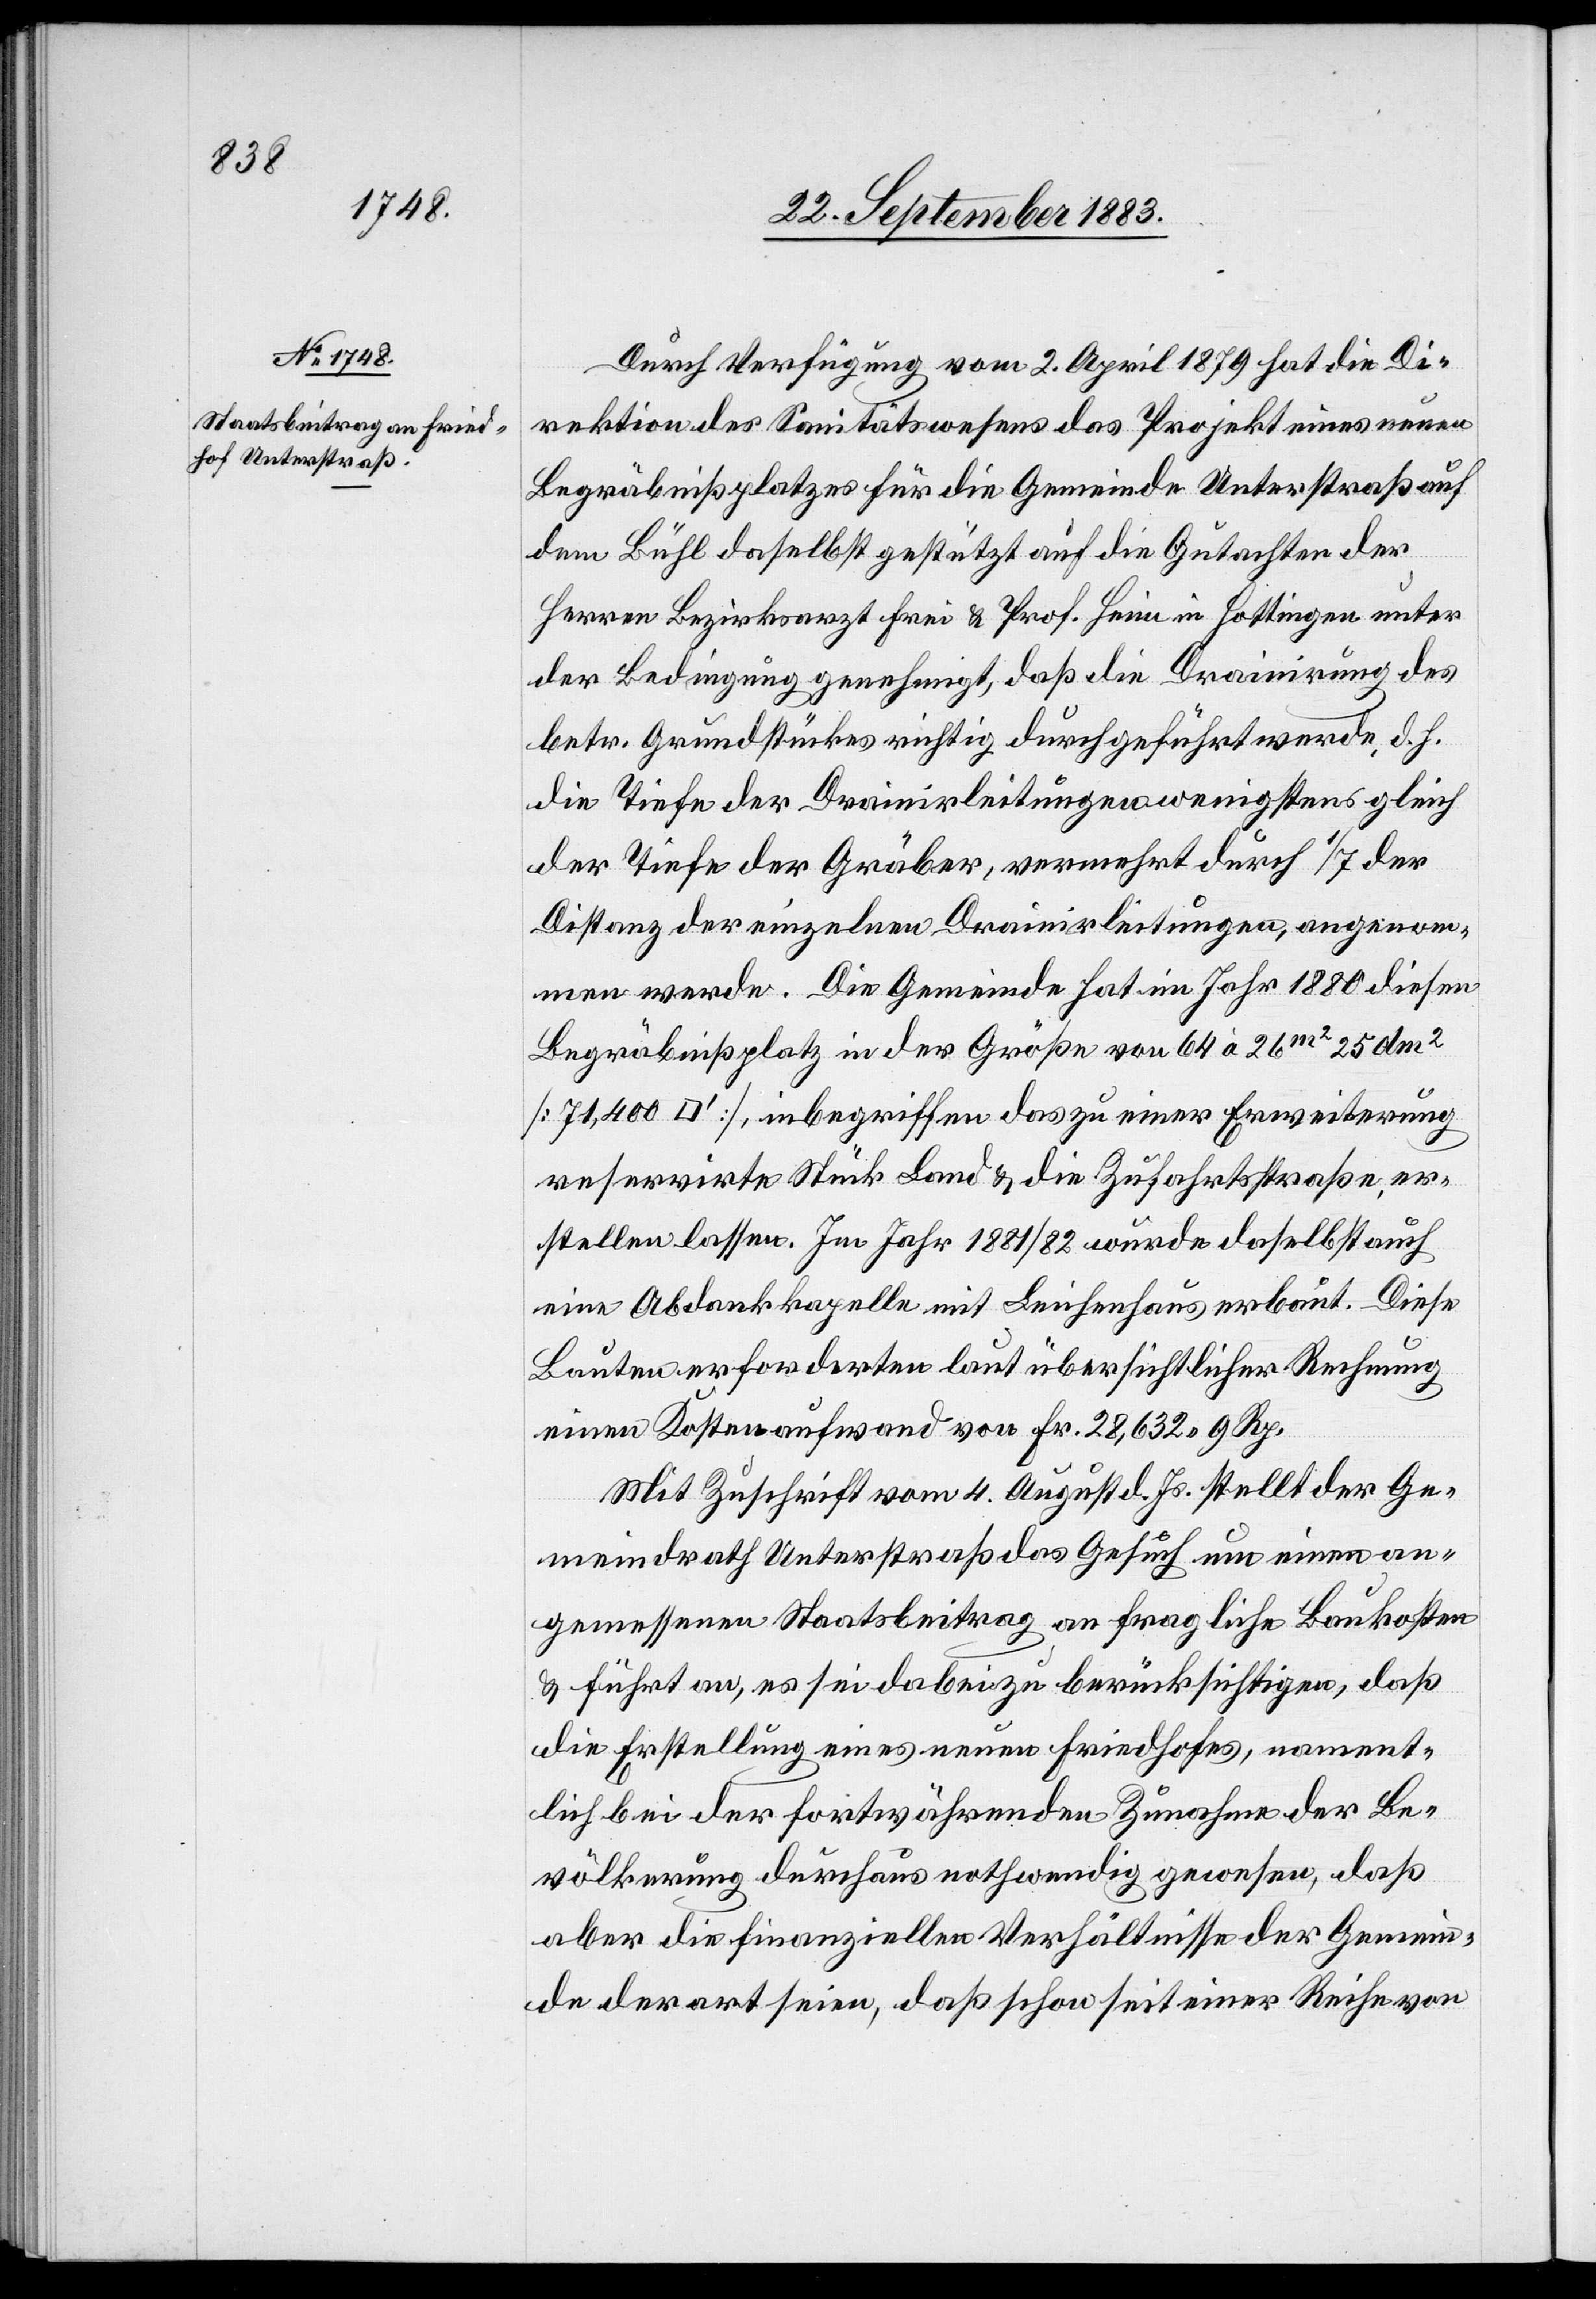
Durch Verfügung vom 2. April 1879 hat die Di¬
rektion des Sanitätswesens das Projekt eines neuen
Begräbnißplatzes für die Gemeinde Unterstraß auf
dem Bühl daselbst gestützt auf die Gutachten der
Herren Bezirksarzt Frei & Prof. Heim in Hottingen unter
der Bedingung genehmigt, daß die Drainirung des
betr. Grundstückes richtig durchgeführt werde, d. h.
die Tiefe der Drainirleitungen wenigstens gleich
der Tiefe der Gräber, vermehrt durch 1/7 der
Distanz der einzelnen Drainirleitungen, angenom¬
men werde. Die Gemeinde hat im Jahr 1880 diesen
Begräbnißplatz in der Größe von 64 à 26m2 25 dm2
[71,400 [Quadratfuß]], inbegriffen das zu einer Erweiterung
reservirte Stück Land & die Zufahrtsstraße, er¬
stellen lassen. Im Jahr 1882/82 wurde daselbst auch
eine Abdankkapelle mit Leichenhaus erbaut. Diese
Bauten erforderten laut übersichtlicher Rechnung
einen Kostenaufwand von Fr. 28,632 9 Rp.
Mit Zuschrift vom 4. August d. Js. stellt der Ge¬
meindrath Unterstraß das Gesuch um einen an¬
gemessenen Staatsbeitrag an fragliche Baukosten
& führt an, es sei dabei zu berücksichtigen, daß
die Erstellung eines neuen Friedhofes, nament¬
lich bei der fortwährenden Zunahme der Be¬
völkerung durchaus nothwendig gewesen, daß
aber die finanziellen Verhältnisse der Gemein¬
de derart seien, daß schon seit einer Reihe von